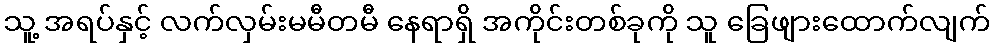
သူ့ အရပ်နှင့် လက်လှမ်းမမီတမီ နေရာရှိ အကိုင်းတစ်ခုကို သူ ခြေဖျားထောက်လျက်